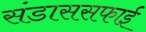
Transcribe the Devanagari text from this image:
संडाससफाई